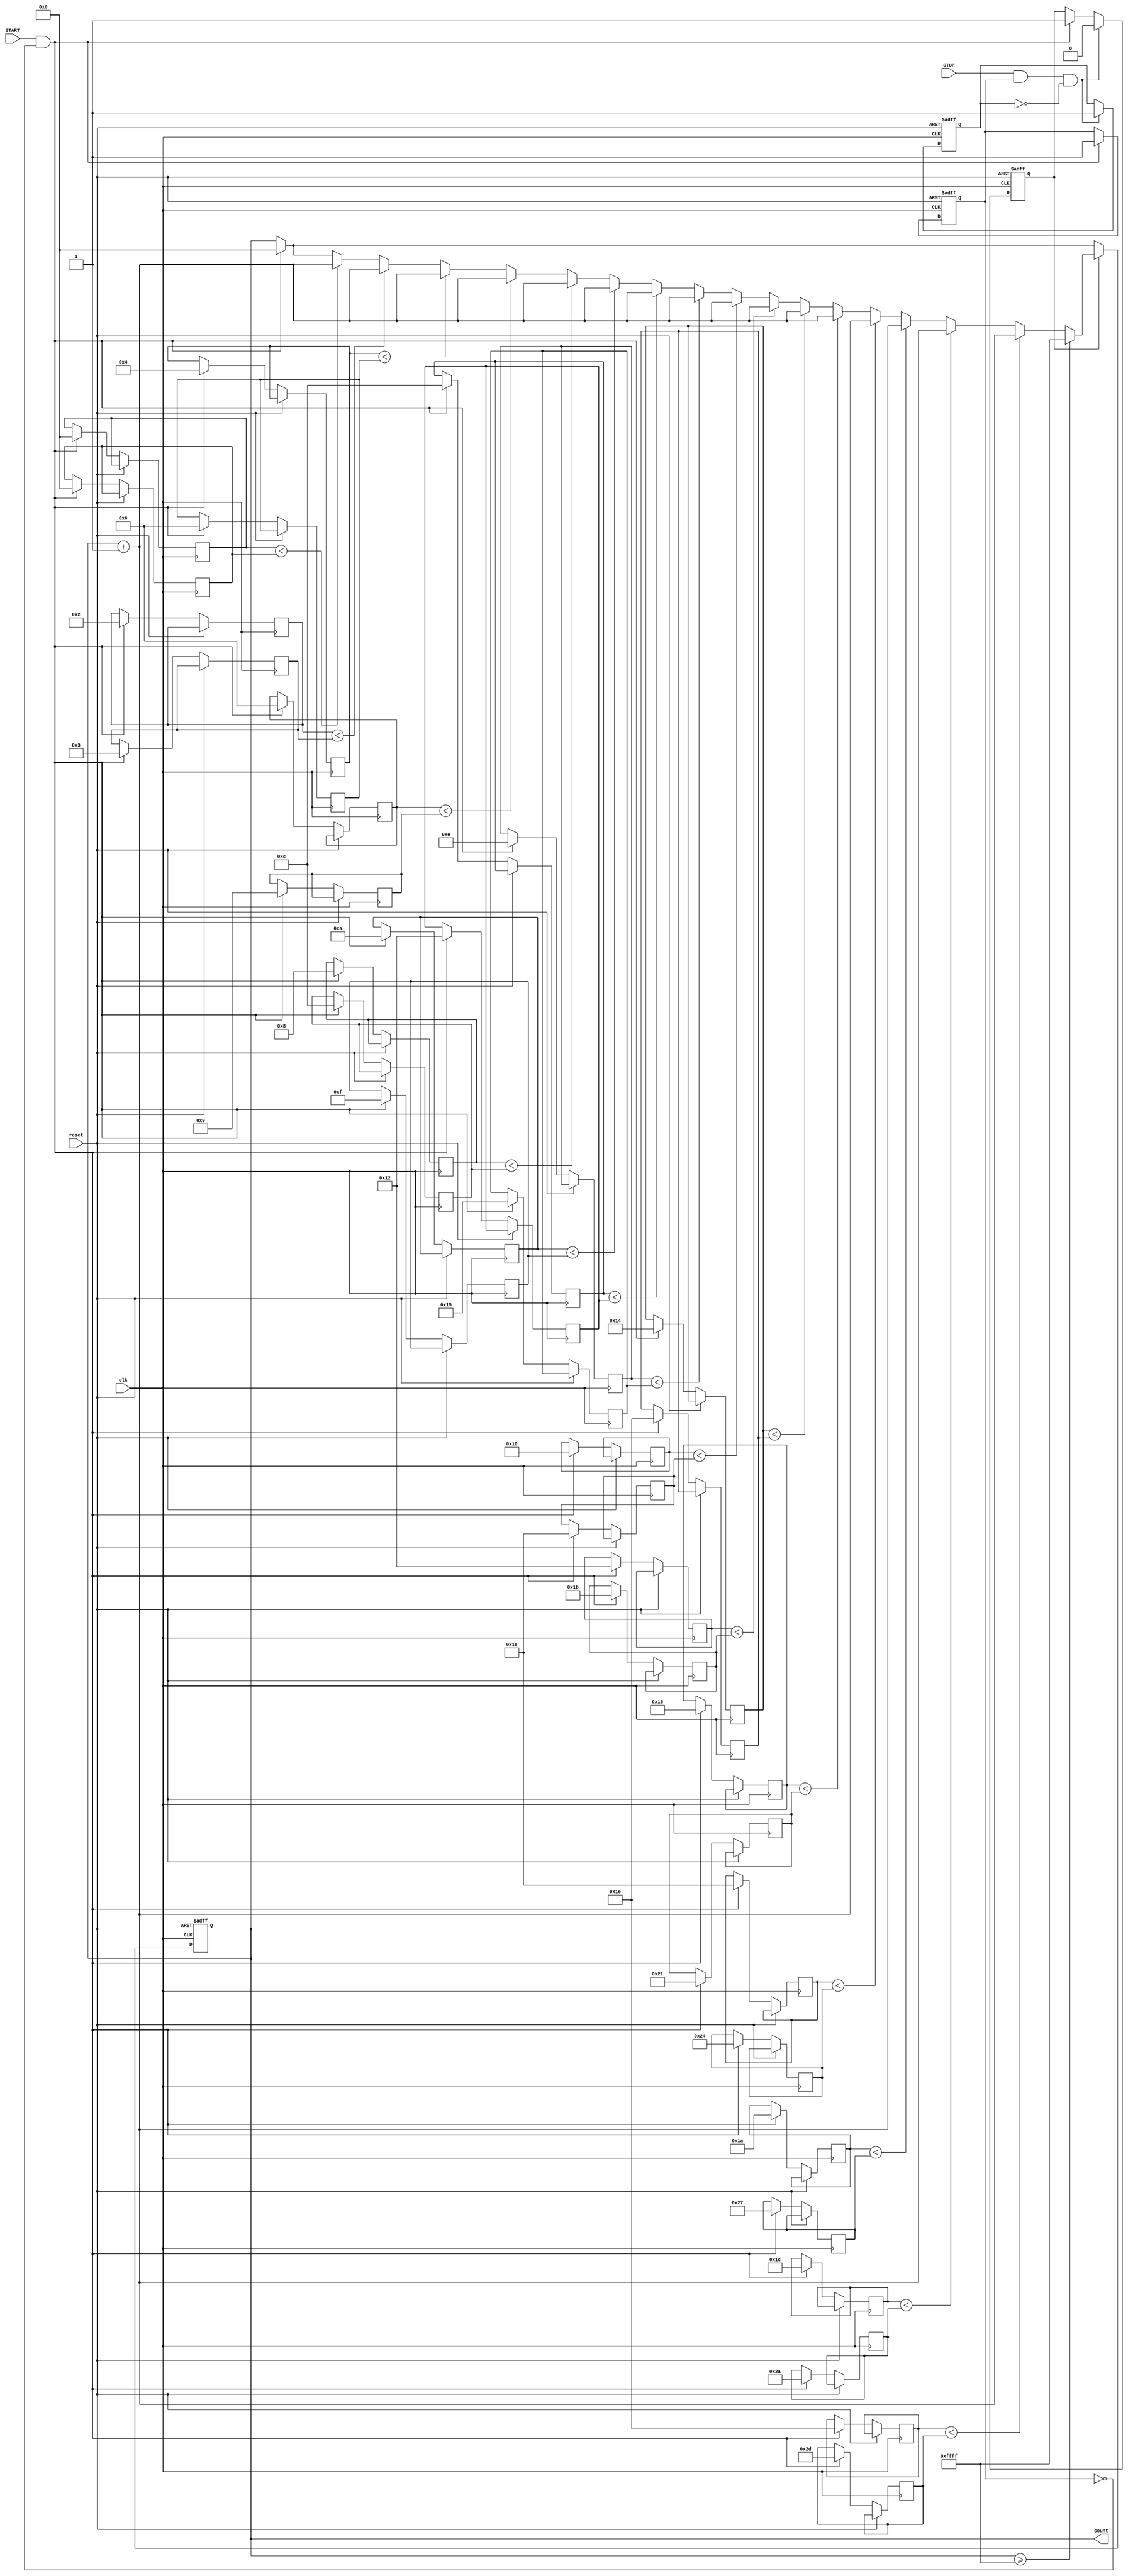
module TDC_Vernier_Delay_Line (
    input wire clk,         // System clock
    input wire reset,       // Asynchronous reset
    input wire START,       // Start signal
    input wire STOP,        // Stop signal
    output reg [15:0] count // Output count representing time interval
);

// Parameters for delay increments (in clock cycles)
parameter DELAY_A = 2; // Delay increment for line A
parameter DELAY_B = 3; // Delay increment for line B
parameter MAX_COUNT = 16'hFFFF; // Maximum count value

// Internal signals
reg [15:0] delay_line_A [0:15]; // Delay line A
reg [15:0] delay_line_B [0:15]; // Delay line B
reg [3:0] i; // Delay line index
reg start_detected; // Flag for START detection
reg stop_detected; // Flag for STOP detection
reg counting; // Flag to indicate counting state

// Initialize delay lines
initial begin
    for (i = 0; i < 16; i = i + 1) begin
        delay_line_A[i] = 0;
        delay_line_B[i] = 0;
    end
end

// Sequential logic for delay lines and counting
always @(posedge clk or posedge reset) begin
    if (reset) begin
        count <= 0;
        start_detected <= 0;
        stop_detected <= 0;
        counting <= 0;
    end else begin
        // Capture START signal
        if (START && !start_detected) begin
            start_detected <= 1;
            counting <= 1; // Start counting
            count <= 0; // Reset count
            // Initialize delay lines
            for (i = 0; i < 16; i = i + 1) begin
                delay_line_A[i] <= (i * DELAY_A);
                delay_line_B[i] <= (i * DELAY_B);
            end
        end
        
        // Capture STOP signal
        if (STOP && start_detected && !stop_detected) begin
            stop_detected <= 1; // Stop detection
            counting <= 0; // Stop counting
        end
        
        // Counting logic
        if (counting) begin
            // Check for crossing in delay lines
            for (i = 0; i < 16; i = i + 1) begin
                if (delay_line_A[i] < delay_line_B[i]) begin
                    count <= count + 1; // Increment count on crossing
                end
            end
            
            // Limit count to MAX_COUNT
            if (count >= MAX_COUNT) begin
                count <= MAX_COUNT; // Saturate count
            end
        end
    end
end

endmodule